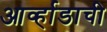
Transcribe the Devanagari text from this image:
आर्व्हाडाची